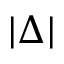
| \Delta |